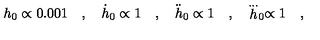
h _ { 0 } \propto 0 . 0 0 1 \quad , \quad \dot { h } _ { 0 } \propto 1 \quad , \quad \ddot { h } _ { 0 } \propto 1 \quad , \quad \stackrel { . . . } h _ { 0 } \propto 1 \quad ,